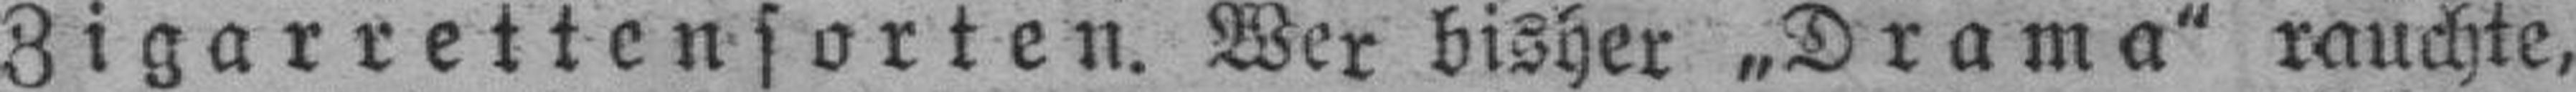
Zigarrettensorten. Wer bisher „Drama" rauchte,